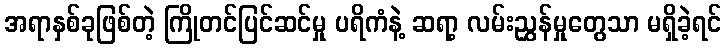
အရာနှစ်ခုဖြစ်တဲ့ ကြိုတင်ပြင်ဆင်မှု ပရိကံနဲ့ ဆရာ့ လမ်းညွှန်မှုတွေသာ မရှိခဲ့ရင်